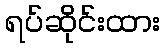
ရပ်ဆိုင်းထား